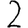
Digit: 2